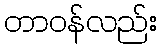
တာဝန်လည်း